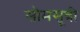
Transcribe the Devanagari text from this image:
सोमसूत्री